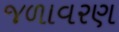
જળાવરણ